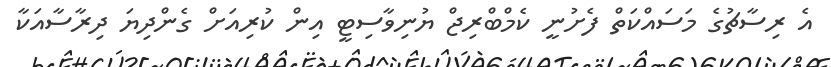
އެ ރިސާޗުގެ މަސައްކަތް ފެށުނީ ކެމްބްރިޖް ޔުނިވާސިޓީ އިން ކުރިއަށް ގެންދިޔަ ދިރާސާއަކާ